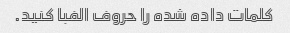
کلمات داده شده را حروف الفبا کنید.